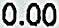
0.00